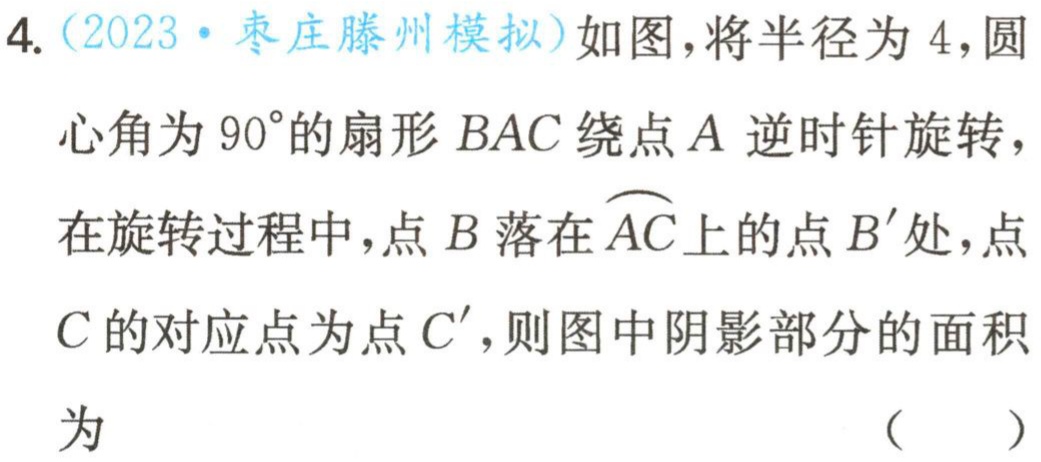
4.（2023·枣庄滕州模拟）如图，将半径为4，圆心角为\(90^{\circ}\)的扇形\(BAC\)绕点\(A\)逆时针旋转，在旋转过程中，点\(B\)落在\(\overset{\frown}{AC}\)上的点\(B'\)处，点\(C\)的对应点为点\(C'\)，则图中阴影部分的面积为 （  ）